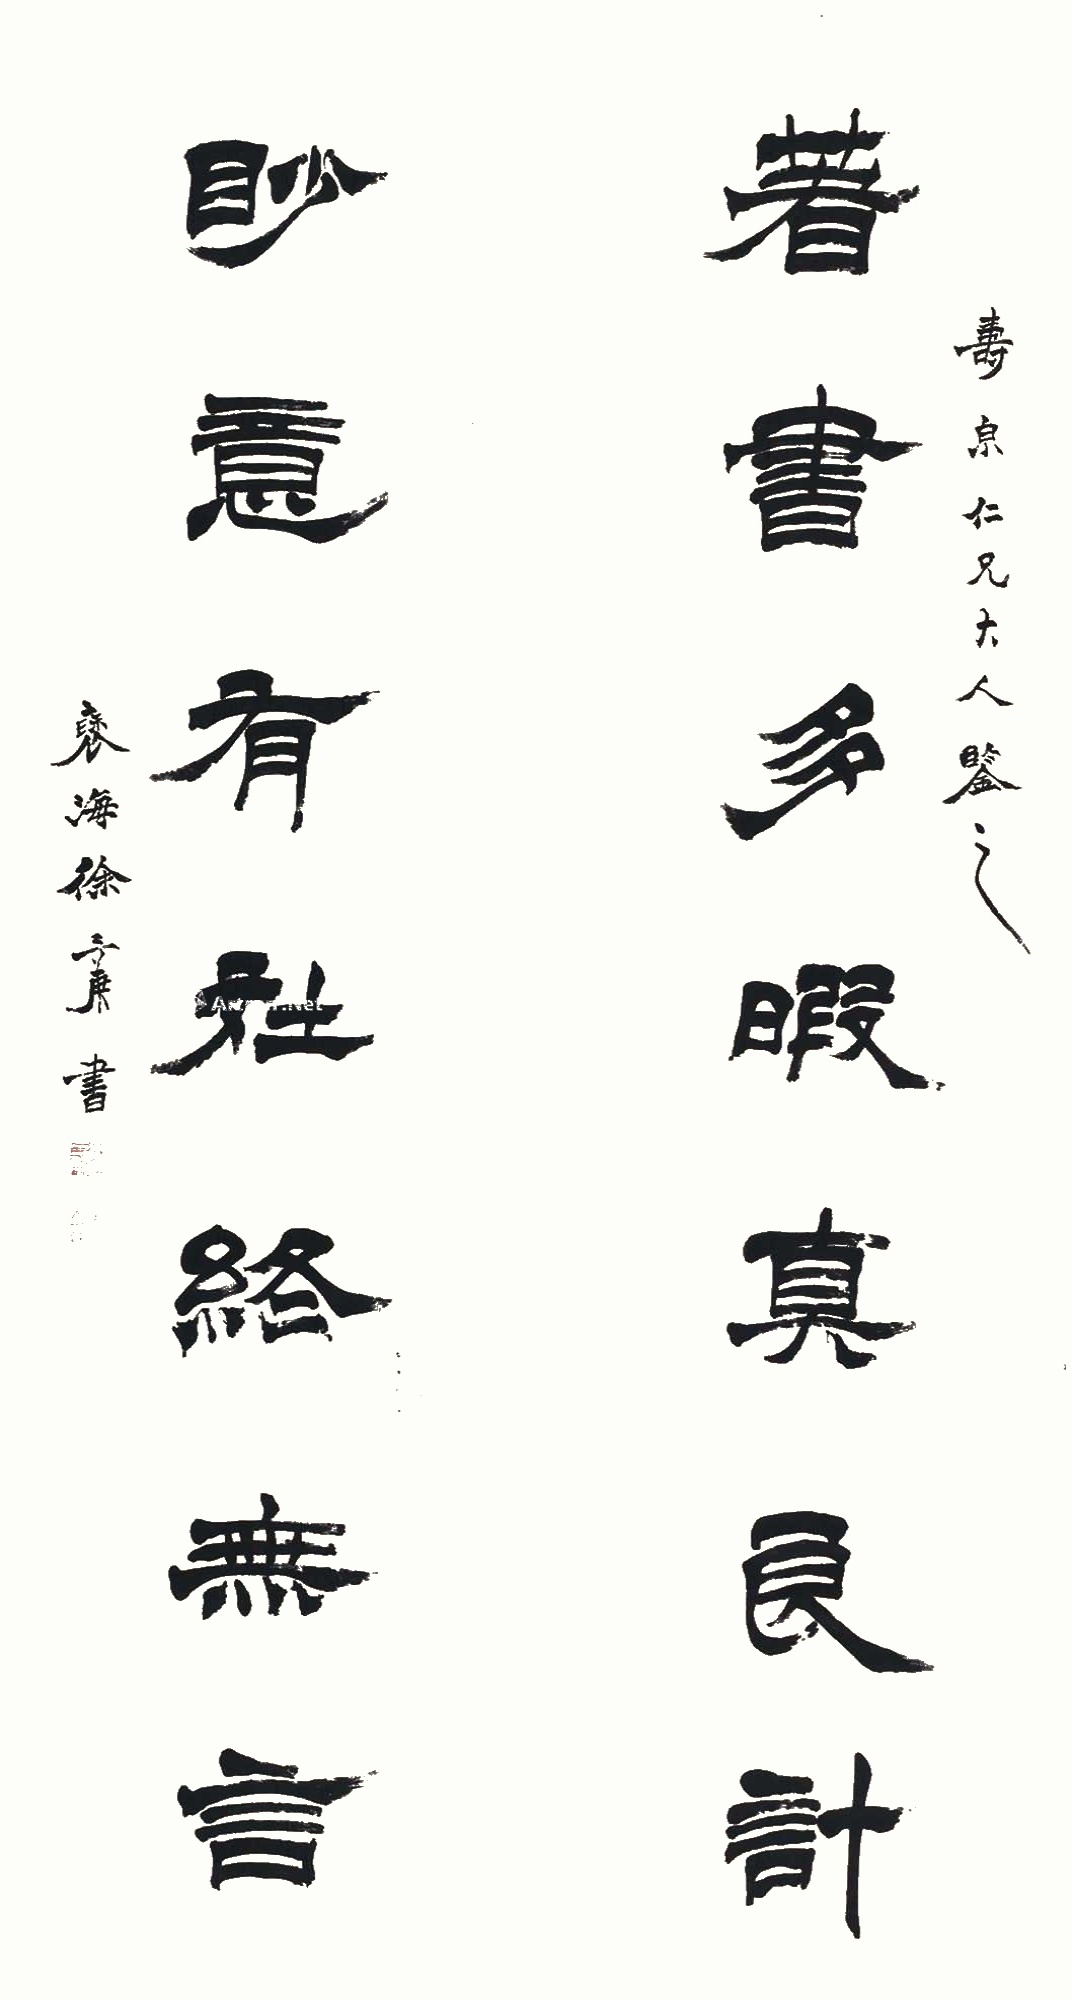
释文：著书多暇真良计，眇意有在终无言。寿泉仁兄大人鉴之，褎海徐三庚书。